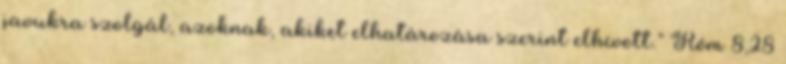
javukra szolgál, azoknak, akiket elhatározása szerint elhívott.” Róm 8,28